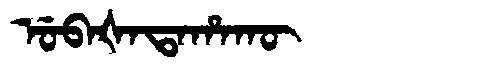
Manchu: ᡠᠪᠠᡧᠠᡨᠠᡥᠠᡴᡡ
Romanization: UBAŠATAHAKŪ